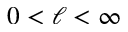
0 < \ell < \infty